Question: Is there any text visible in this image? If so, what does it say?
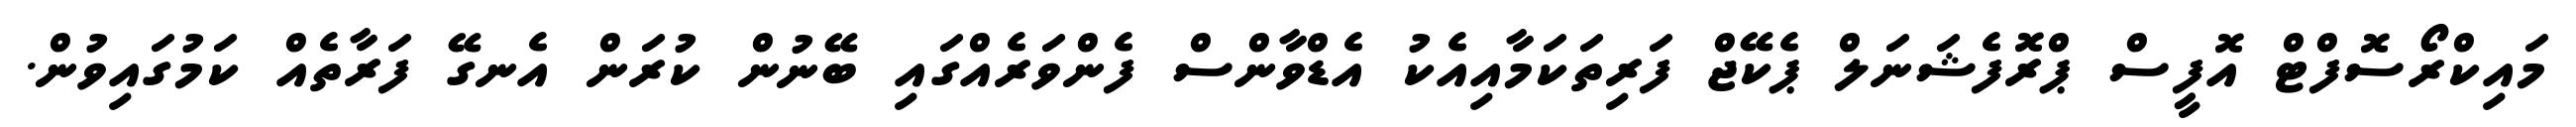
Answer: މައިކްރޯސޮފްޓް އޮފީސް ޕްރޮފެޝަނަލް ޕެކޭޖް ފަރިތަކަމާއިއެކު އެޑްވާންސް ފެންވަރެއްގައި ބޭނުން ކުރަން އެނގޭ ފަރާތެއް ކަމުގައިވުން.